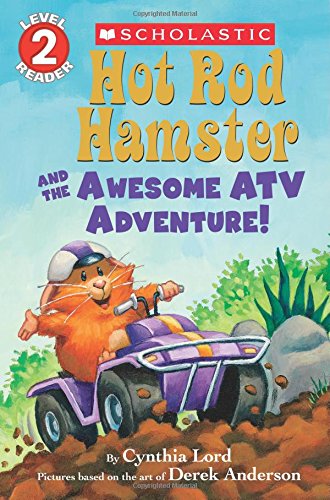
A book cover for Hot Rod Hamster and the Awesome ATV Adventure! (Scholastic Readers); Cynthia Lord; Children's Books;